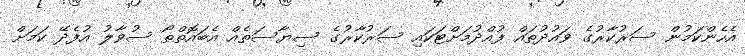
އެހެންކަމުން ސަރުކާރުގެ ވައުދުތައް ފުއްދުމަށްޓަކައި ސަރުކާރުގެ ސިޔާސަތެއް އެބައޮތްތޯ ސުވާލު އުފެދޭ ކަމަށް